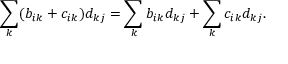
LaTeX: \sum _ { k } ( b _ { i k } + c _ { i k } ) d _ { k j } = \sum _ { k } b _ { i k } d _ { k j } + \sum _ { k } c _ { i k } d _ { k j } .